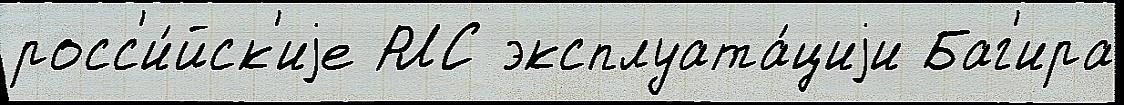
росс'и́йск'иjе РЛС эксплуата́циjи Баг'ира